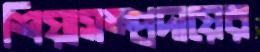
শিয়াসম্প্রদায়ের